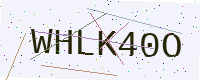
Text: WHLK40O